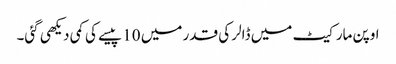
اوپن مارکیٹ میں ڈالر کی قدر میں 10 پیسے کی کمی دیکھی گئی۔